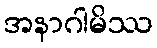
အနာဂါမိဿ